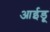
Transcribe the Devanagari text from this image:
आईडू